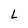
Character: L